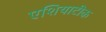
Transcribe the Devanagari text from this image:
एशियाटीक